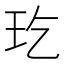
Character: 𤣮